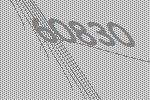
60830